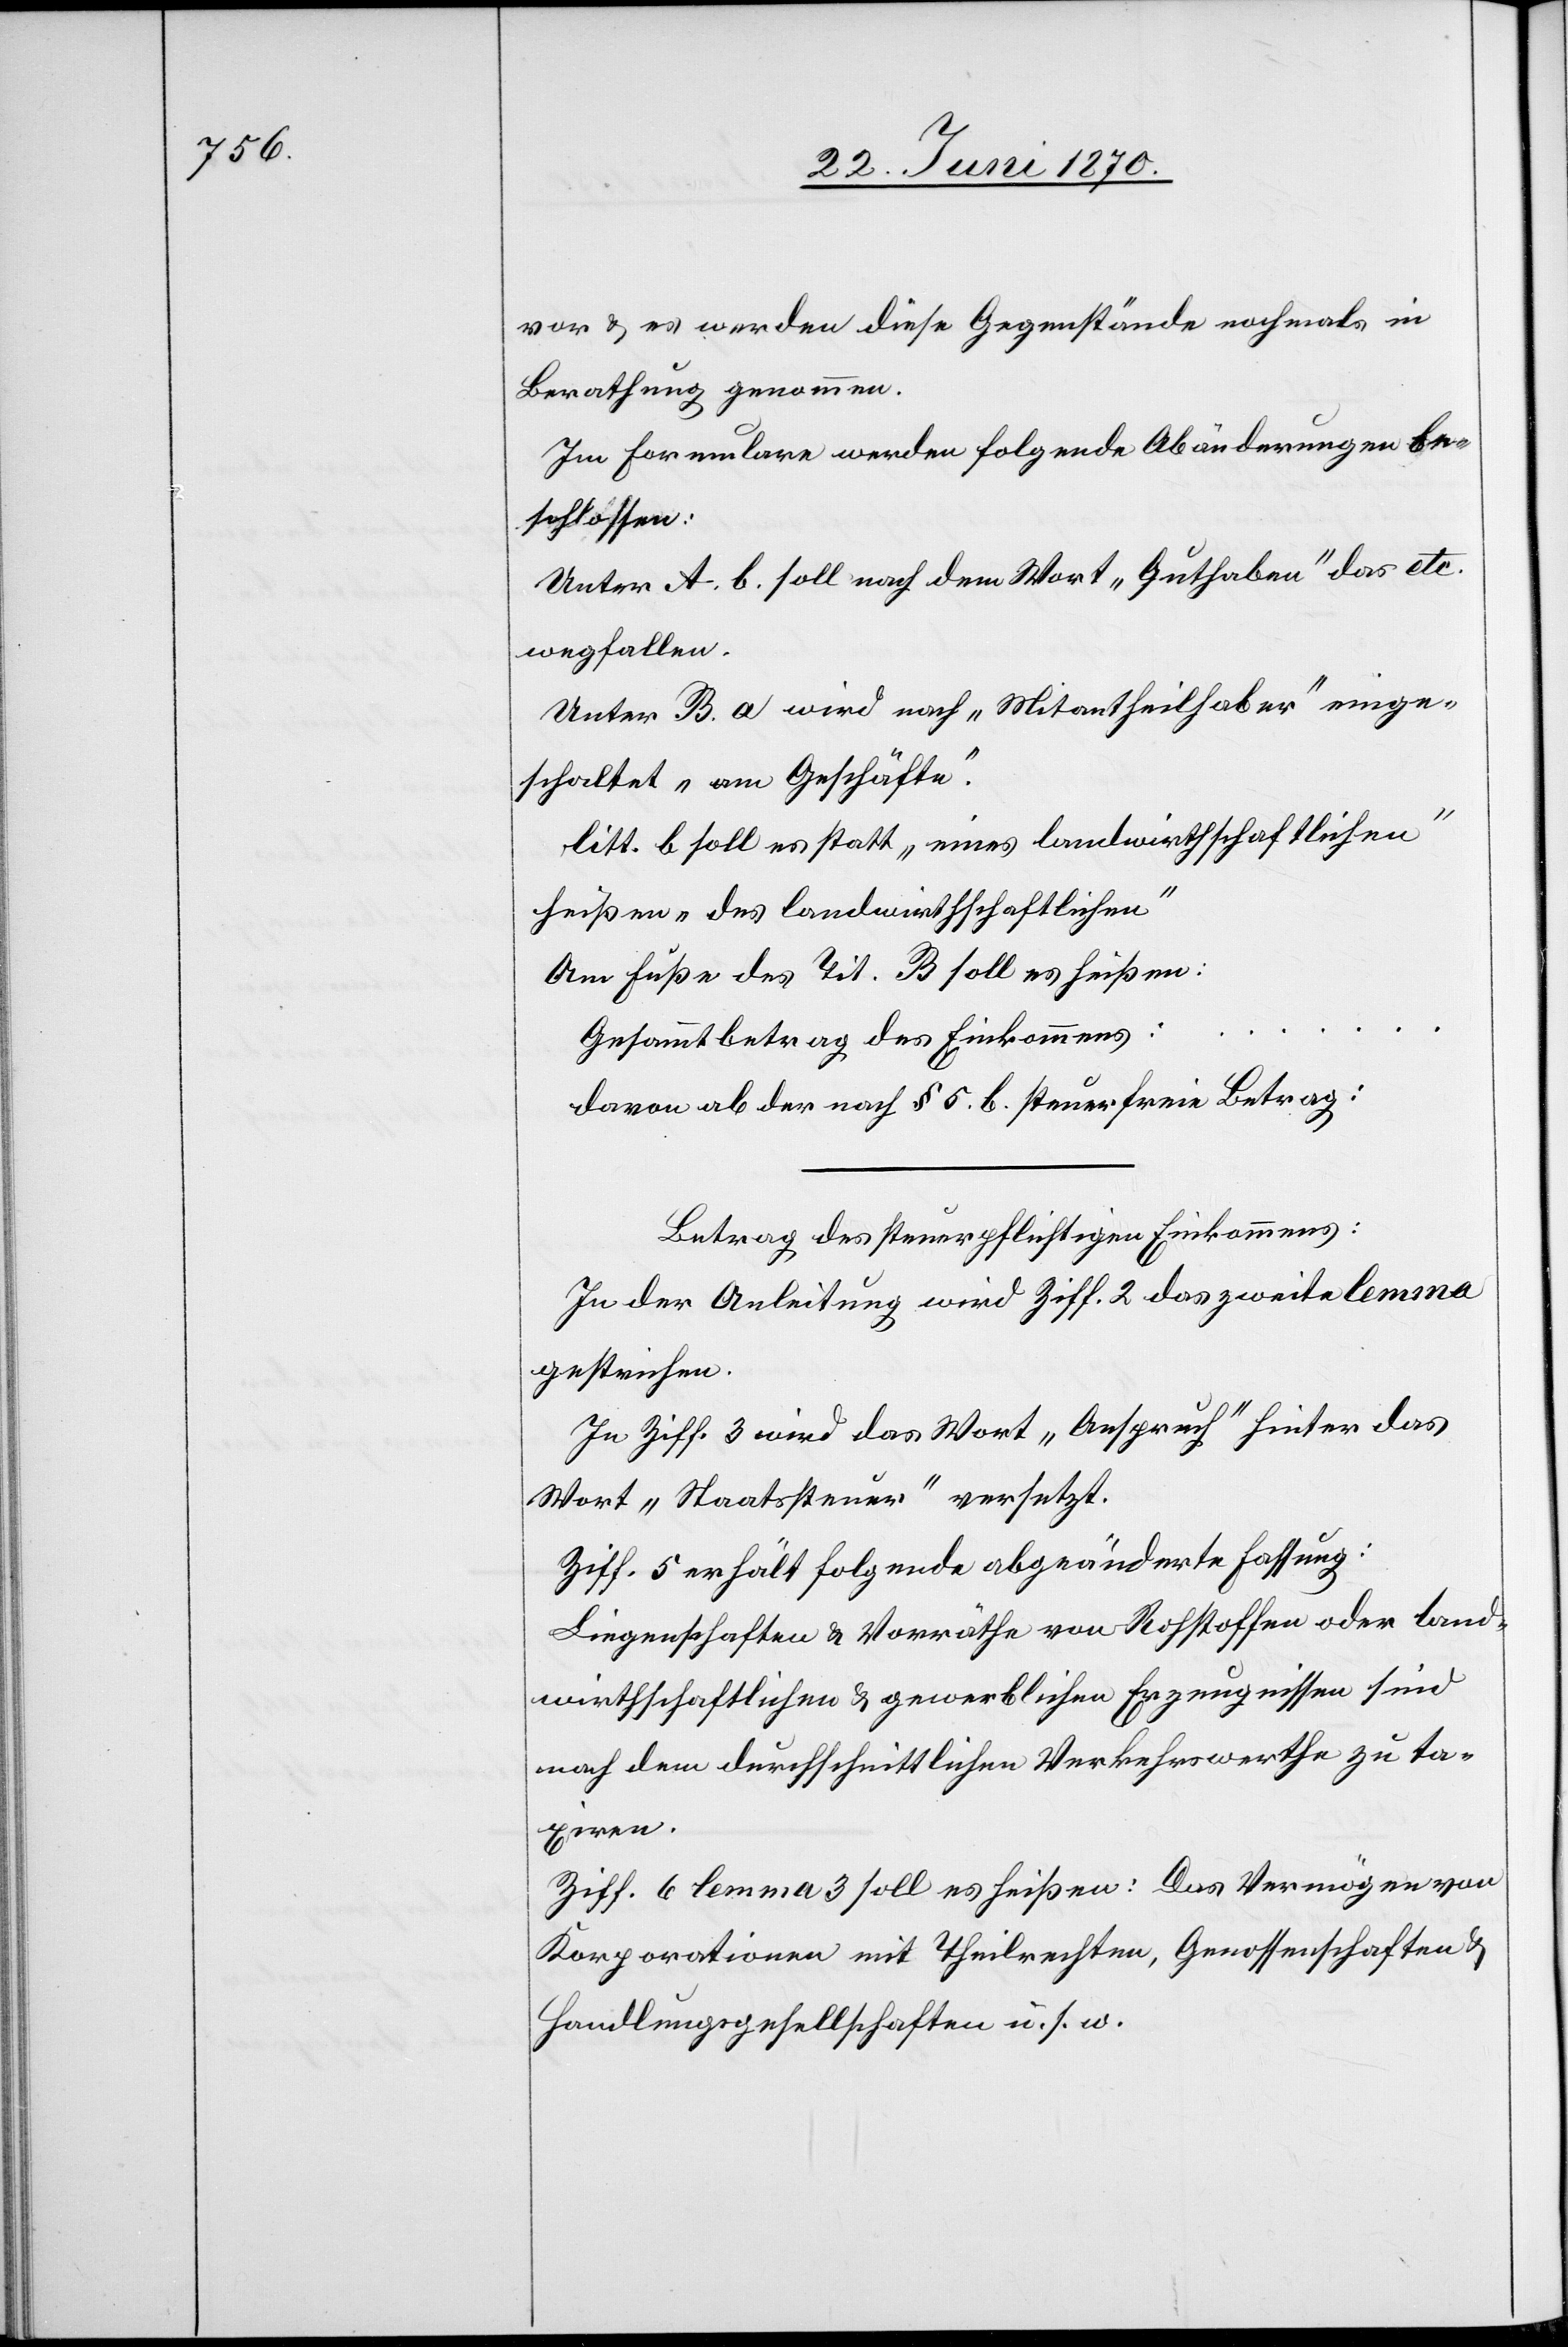
vor & es werden diese Gegenstände nochmals in
Berathung genommen.
Im Formulare werden folgende Abänderungen be¬
schlossen:
Unter A. b. soll nach dem Wort „Guthaben“ das
wegfallen.
Unter B. a wird nach „Mitantheilhaber“ einge¬
schaltet „am Geschäfte“.
litt. b soll es statt „eines landwirthschaftlichen“
heißen „des landwirthschaftlichen“
Am Fuße des Tit. B soll es heißen:
Gesammtbetrag des Einkommens:
davon ab der nach § 5 b. steuerfreie Betrag:
Betrag des steuerpflichtigen Einkommens:
In der Anleitung wird Ziff. 2 das zweite lemma
gestrichen.
In Ziff. 3 wird das Wort „Anspruch“ hinter das
Wort „Staatssteuer“ versetzt.
Ziff. 5 erhält folgende abgeänderte Fassung:
Liegenschaften & Vorräthe von Rohstoffen oder land¬
wirthschaftlichen & gewerblichen Erzeugnissen sind
nach dem durchschnittlichen Verkehrswerthe zu ta¬
xiren.
Ziff. 6 lemma 3 soll es heißen: Das Vermögen von
Korporationen mit Theilrechten, Genossenschaften &
Handlungsgesellschaften u. s. w.